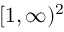
~ [ 1 , \infty ) ^ { 2 }